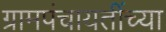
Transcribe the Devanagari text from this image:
ग्रामपंचायतींच्या